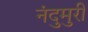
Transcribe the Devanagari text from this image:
नंदुमुरी